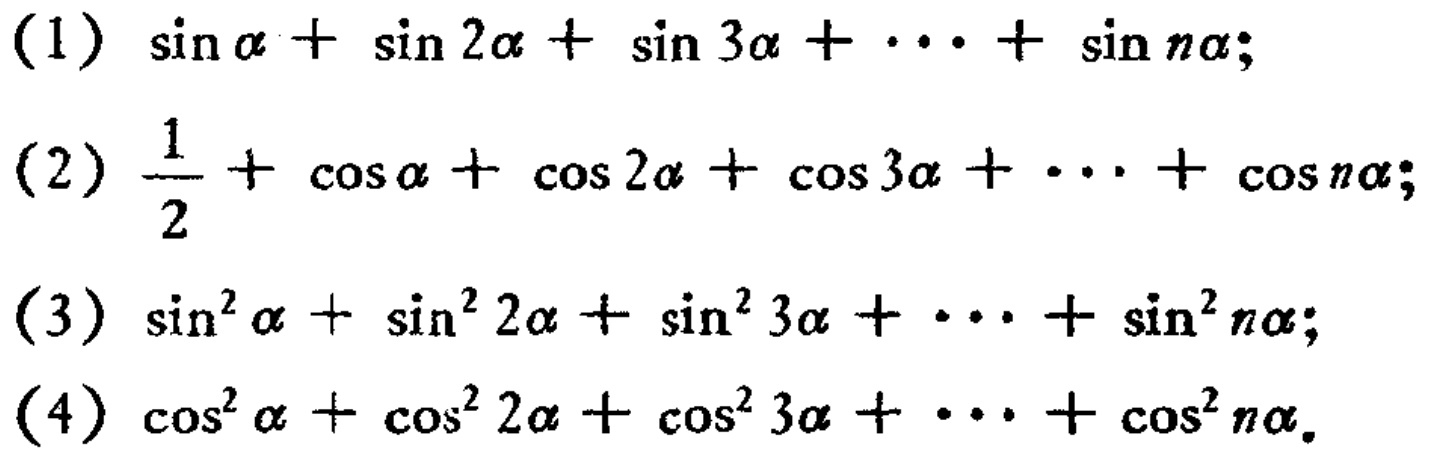
(1) \(\sin\alpha+\sin2\alpha+\sin3\alpha+\cdots+\sin n\alpha\);

(2) \(\frac{1}{2}+\cos\alpha+\cos2\alpha+\cos3\alpha+\cdots+\cos n\alpha\);

(3) \(\sin^{2}\alpha+\sin^{2}2\alpha+\sin^{2}3\alpha+\cdots+\sin^{2}n\alpha\);

(4) \(\cos^{2}\alpha+\cos^{2}2\alpha+\cos^{2}3\alpha+\cdots+\cos^{2}n\alpha\)